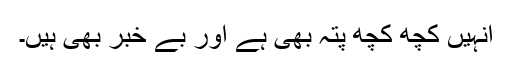
انہیں کچھ کچھ پتہ بھی ہے اور بے خبر بھی ہیں۔